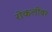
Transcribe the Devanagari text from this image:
रोकलीवर